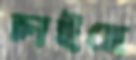
চাইছে